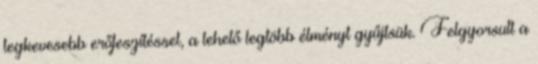
legkevesebb erőfeszítéssel, a lehető legtöbb élményt gyűjtsük. Felgyorsult a